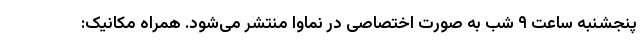
پنجشنبه ساعت ٩ شب به صورت اختصاصی در نماوا منتشر می‌شود. همراه مکانیک: